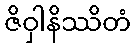
ဇိဝှါနိဿိတံ